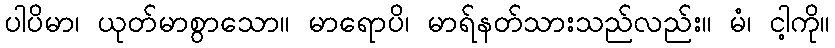
ပါပိမာ၊ ယုတ်မာစွာသော။ မာရောပိ၊ မာရ်နတ်သားသည်လည်း။ မံ၊ ငါ့ကို။